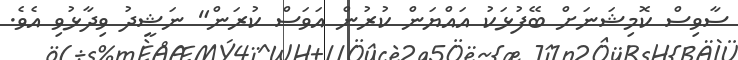
ސާވިސް ކޮމިޝަނަށް ބޭފުޅަކު އައްޔަން ކުރުން އަވަސް ކުރަން" ނަޝީދު ވިދާޅުވި އެވެ.